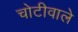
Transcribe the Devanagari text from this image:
चोटीवाले